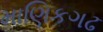
માણિકગઢ